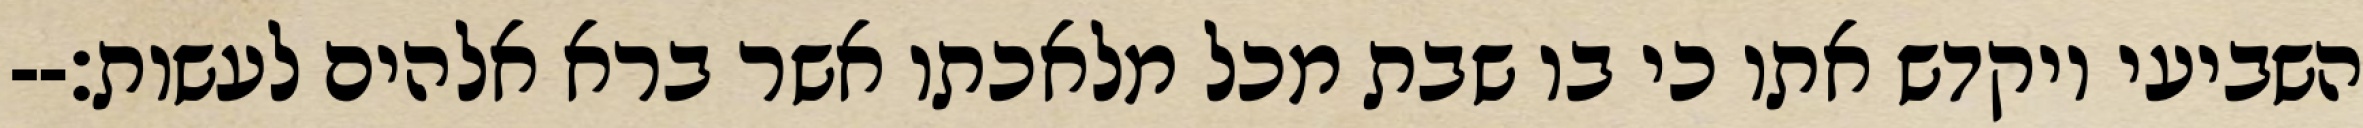
השביעי ויקדש אתו כי בו שבת מכל מלאכתו אשר ברא אלהים לעשות׃--